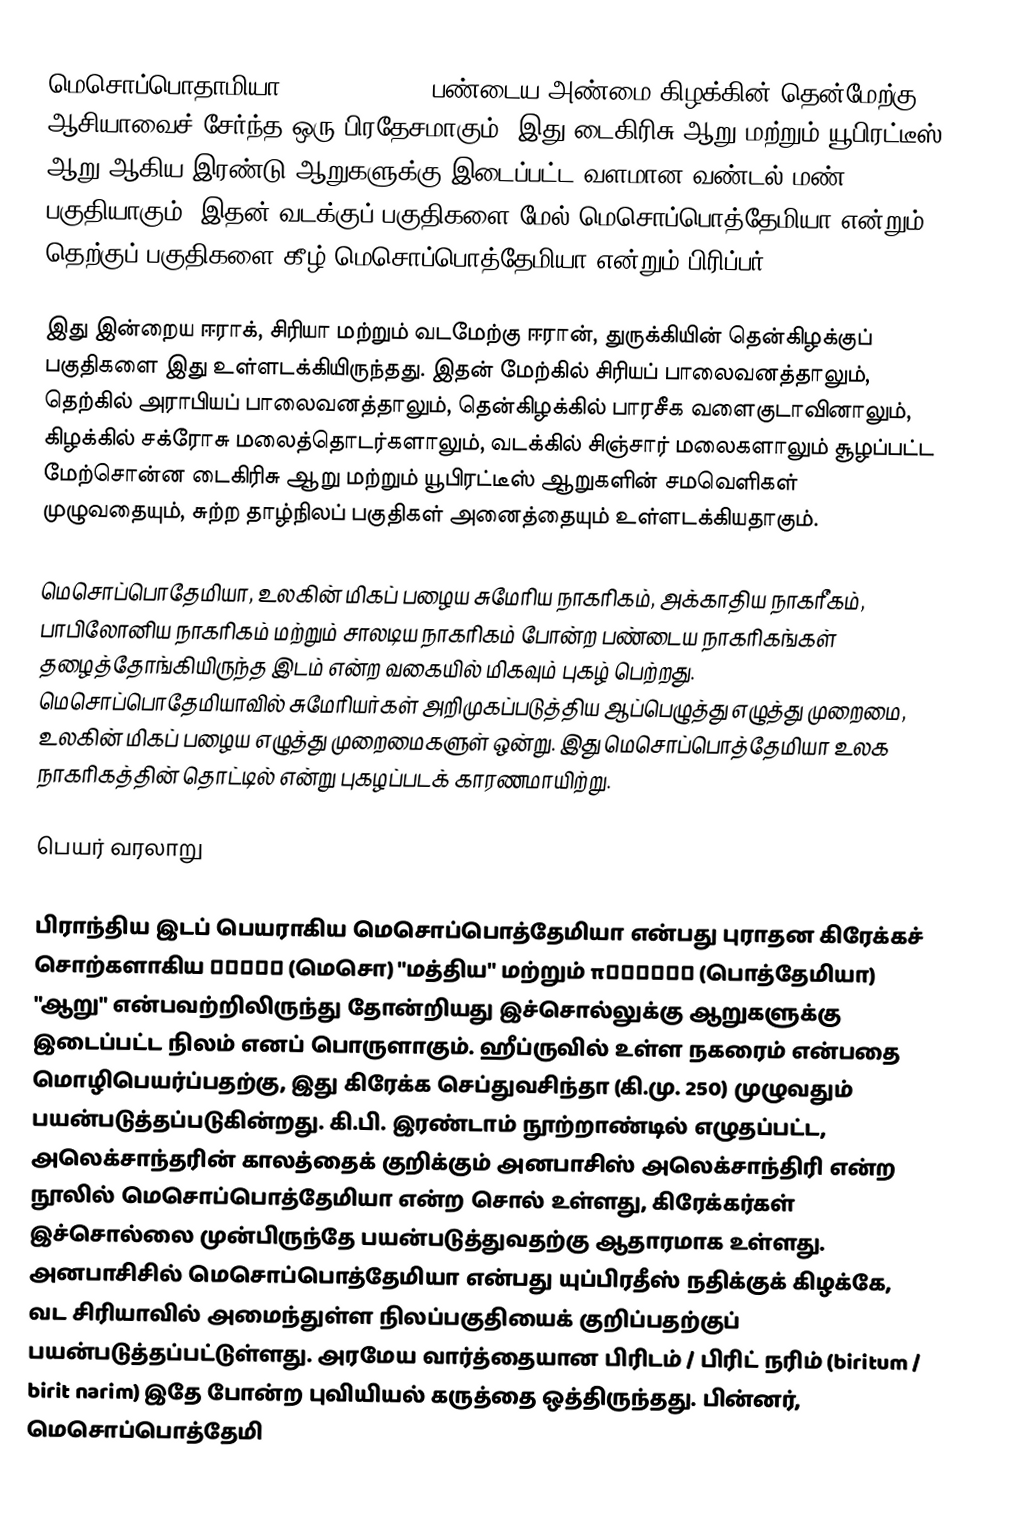
மெசொப்பொதாமியா (Mesopotamia), பண்டைய அண்மை கிழக்கின் தென்மேற்கு ஆசியாவைச் சேர்ந்த  ஒரு பிரதேசமாகும். இது டைகிரிசு ஆறு மற்றும் யூபிரட்டீஸ் ஆறு ஆகிய இரண்டு ஆறுகளுக்கு இடைப்பட்ட வளமான வண்டல் மண் பகுதியாகும். இதன் வடக்குப் பகுதிகளை மேல் மெசொப்பொத்தேமியா என்றும், தெற்குப் பகுதிகளை கீழ் மெசொப்பொத்தேமியா என்றும் பிரிப்பர்.

இது   இன்றைய ஈராக், சிரியா மற்றும் வடமேற்கு ஈரான், துருக்கியின் தென்கிழக்குப் பகுதிகளை இது உள்ளடக்கியிருந்தது. இதன் மேற்கில் சிரியப் பாலைவனத்தாலும், தெற்கில் அராபியப் பாலைவனத்தாலும், தென்கிழக்கில் பாரசீக வளைகுடாவினாலும், கிழக்கில் சக்ரோசு மலைத்தொடர்களாலும், வடக்கில் சிஞ்சார் மலைகளாலும் சூழப்பட்ட மேற்சொன்ன டைகிரிசு ஆறு மற்றும் யூபிரட்டீஸ் ஆறுகளின்  சமவெளிகள் முழுவதையும், சுற்ற தாழ்நிலப் பகுதிகள் அனைத்தையும் உள்ளடக்கியதாகும்.

மெசொப்பொதேமியா, உலகின் மிகப் பழைய சுமேரிய நாகரிகம், அக்காதிய நாகரீகம், பாபிலோனிய நாகரிகம் மற்றும் சாலடிய நாகரிகம்  போன்ற பண்டைய  நாகரிகங்கள்  தழைத்தோங்கியிருந்த இடம் என்ற வகையில் மிகவும் புகழ் பெற்றது. மெசொப்பொதேமியாவில் சுமேரியர்கள் அறிமுகப்படுத்திய ஆப்பெழுத்து  எழுத்து முறைமை, உலகின் மிகப் பழைய எழுத்து முறைமைகளுள் ஒன்று. இது மெசொப்பொத்தேமியா உலக நாகரிகத்தின் தொட்டில் என்று புகழப்படக் காரணமாயிற்று.

பெயர் வரலாறு

பிராந்திய இடப் பெயராகிய மெசொப்பொத்தேமியா என்பது புராதன கிரேக்கச் சொற்களாகிய μέσος (மெசொ) "மத்திய" மற்றும் ποταμός (பொத்தேமியா) "ஆறு" என்பவற்றிலிருந்து தோன்றியது இச்சொல்லுக்கு ஆறுகளுக்கு இடைப்பட்ட நிலம் எனப் பொருளாகும். ஹீப்ருவில் உள்ள நகரைம் என்பதை மொழிபெயர்ப்பதற்கு, இது கிரேக்க செப்துவசிந்தா (கி.மு. 250) முழுவதும் பயன்படுத்தப்படுகின்றது. கி.பி. இரண்டாம் நூற்றாண்டில் எழுதப்பட்ட, அலெக்சாந்தரின் காலத்தைக் குறிக்கும் அனபாசிஸ் அலெக்சாந்திரி என்ற நூலில் மெசொப்பொத்தேமியா என்ற சொல் உள்ளது, கிரேக்கர்கள் இச்சொல்லை முன்பிருந்தே பயன்படுத்துவதற்கு ஆதாரமாக உள்ளது. அனபாசிசில் மெசொப்பொத்தேமியா என்பது யுப்பிரதீஸ் நதிக்குக் கிழக்கே, வட சிரியாவில் அமைந்துள்ள நிலப்பகுதியைக் குறிப்பதற்குப் பயன்படுத்தப்பட்டுள்ளது. அரமேய வார்த்தையான பிரிடம் / பிரிட் நரிம் (biritum / birit narim) இதே போன்ற புவியியல் கருத்தை ஒத்திருந்தது. பின்னர், மெசொப்பொத்தேமி